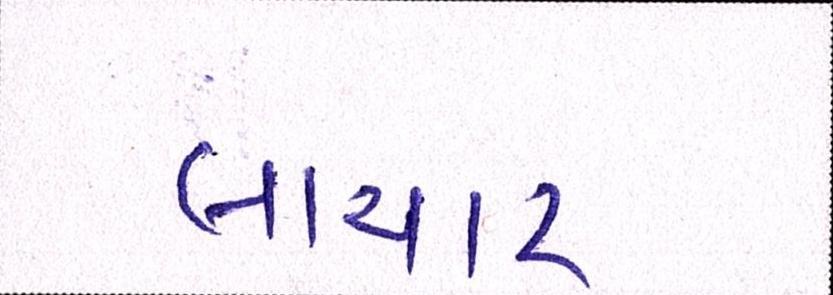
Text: લાચાર